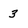
Character: 3